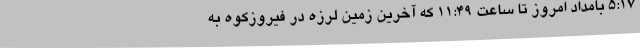
5:17 بامداد امروز تا ساعت 11:49 که آخرین زمین لرزه در فیروزکوه به